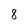
Character: 8